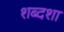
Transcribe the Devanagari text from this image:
शब्दशा